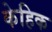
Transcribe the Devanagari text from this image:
केहिक